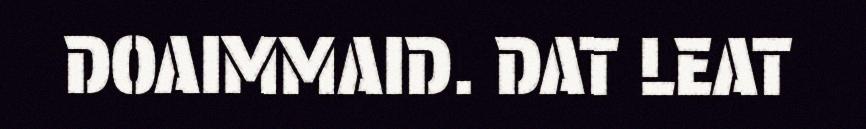
DOAIMMAID. DAT LEAT